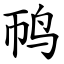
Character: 䴓